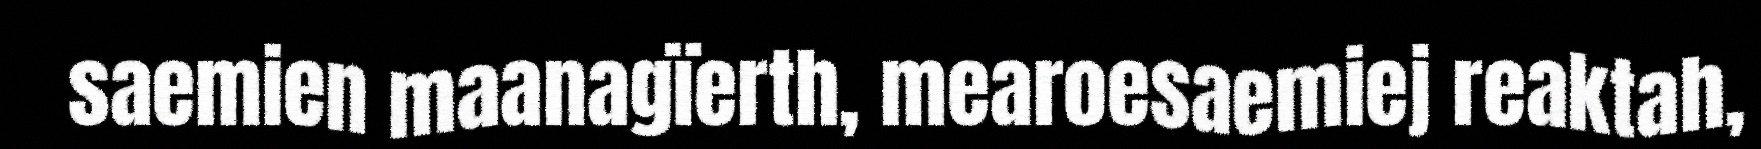
saemien maanagïerth, mearoesaemiej reaktah,